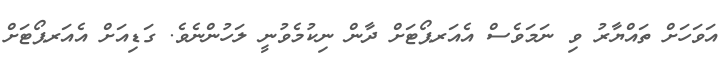
އަވަހަށް ތައްޔާރު ވި ނަމަވެސް އެއަރޕޯޓަށް ދާން ނިކުމެވުނީ ލަހުންނެވެ. ގަޑިއަށް އެއަރޕޯޓަށް